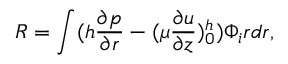
R = \int ( h \frac { \partial p } { \partial r } - ( \mu \frac { \partial u } { \partial z } ) _ { 0 } ^ { h } ) \Phi _ { i } r d r ,